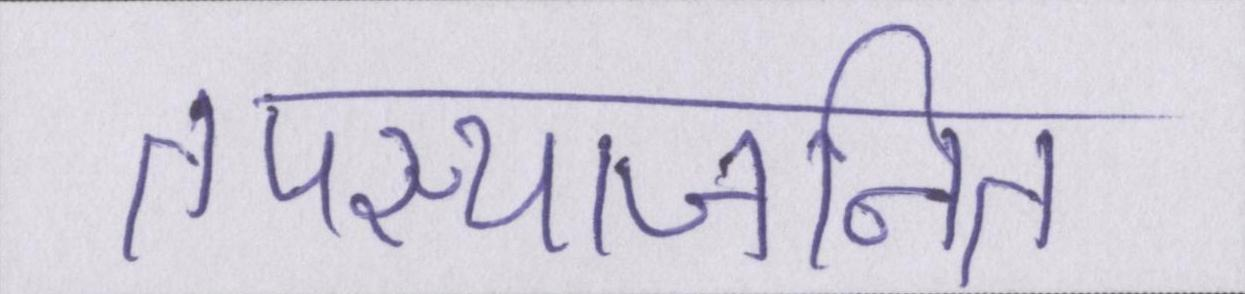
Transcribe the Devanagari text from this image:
तपस्याजनित